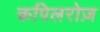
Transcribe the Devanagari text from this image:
कपिलरोज़